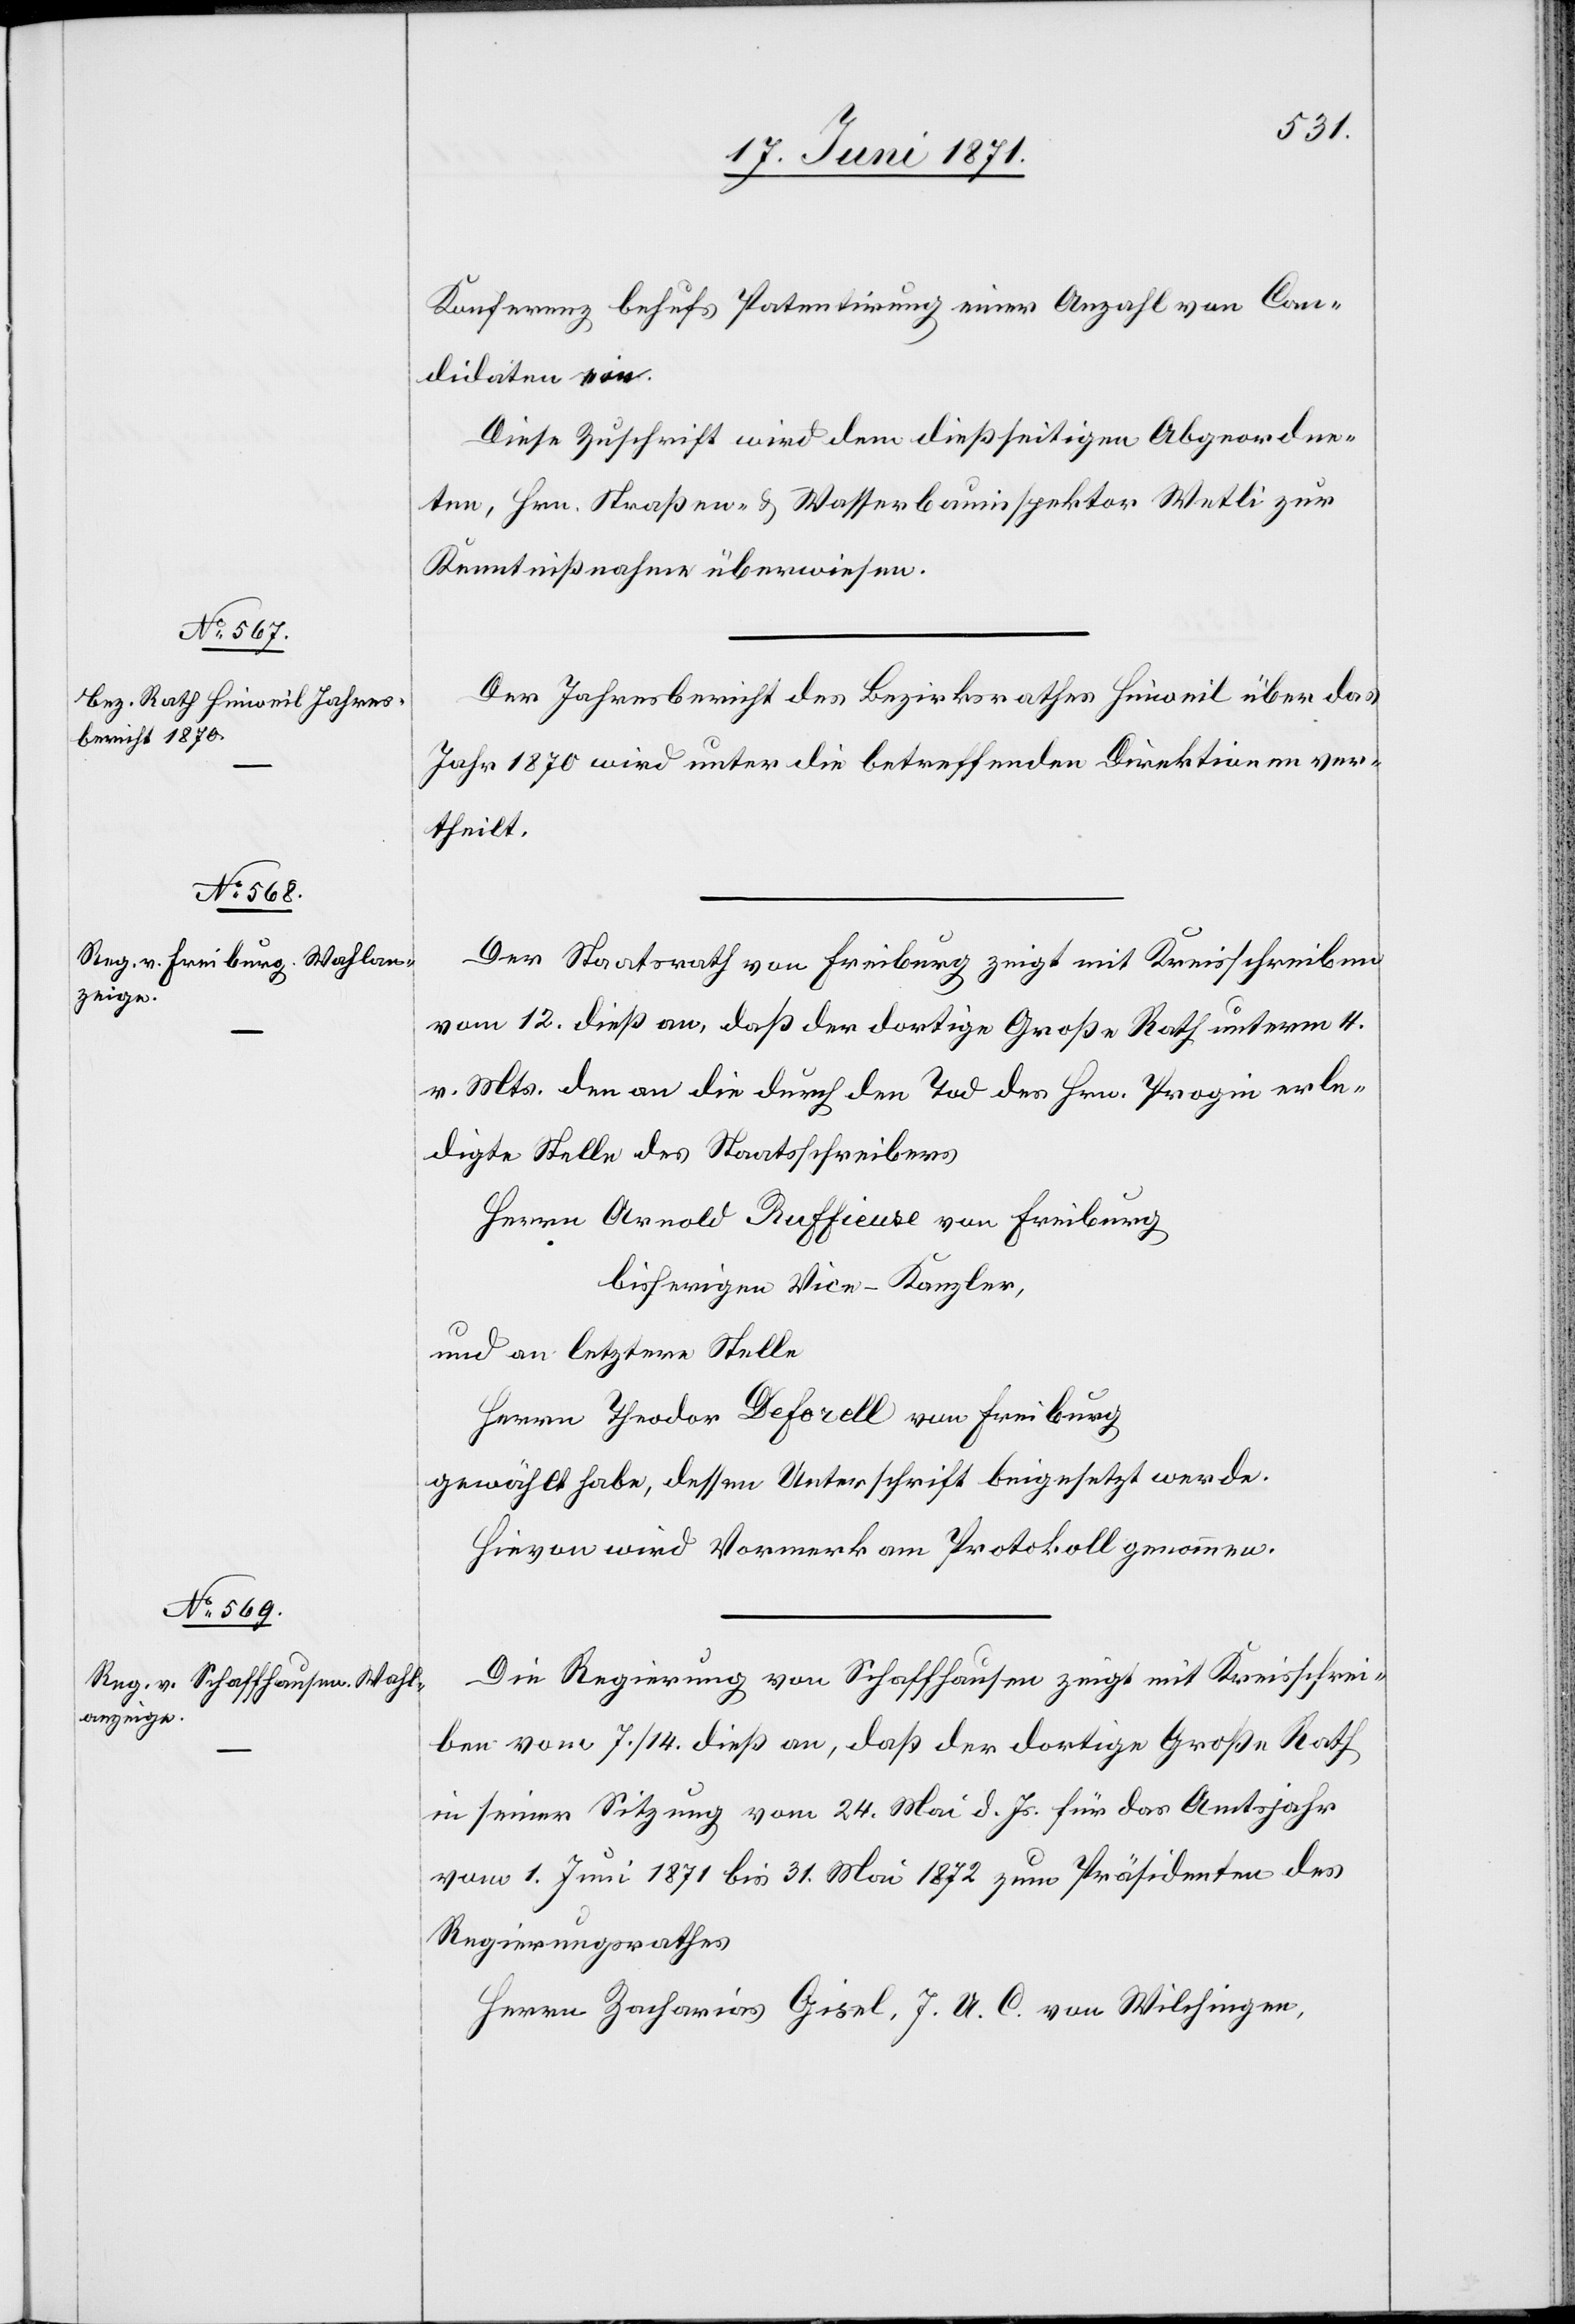
Konferenz behufs Patentirung einer Anzahl von Can¬
didaten ein.
Diese Zuschrift wird dem dießseitigen Abgeordne¬
ten, Hrn. Straßen- u. Wasserbauinspektor Wetli zur
Kenntnißnahme überwiesen.
Der Jahresbericht des Bezirksrathes Hinweil über das
Jahr 1870 wird unter die betreffenden Direktionen ver¬
theilt.
Der Staatsrath von Freiburg zeigt mit Kreisschreiben
vom 12. dieß an, daß der dortige Große Rath unterm 4.
v. Mts. den an die durch den Tod des Hrn. Progin erle¬
digte Stelle des Staatsschreibers
Herrn Arnold Ruffieuse von Freiburg
bisherigen Vice-Kanzler,
und an letztere Stelle
Herrn Theodor Deforell von Freiburg
gewählt habe, dessen Unterschrift beigesetzt werde.
Hievon wird Vormerk am Protokoll genommen.
Die Regierung von Schaffhausen zeigt mit Kreisschrei¬
ben vom 7./14. dieß an, daß der dortige Große Rath
in seiner Sitzung vom 24. Mai d. Js. für das Amtsjahr
vom 1. Juni 1871 bis 31. Mai 1872 zum Präsidenten des
Regierungsrathes
Herrn Zacharias Gisel, J. U. C. von Wilchingen,